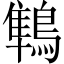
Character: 鶽